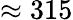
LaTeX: \approx 315